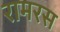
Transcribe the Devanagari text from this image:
रामरस